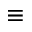
\equiv